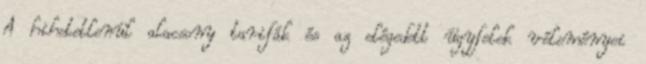
A hihetetlenül alacsony tarifák és az elégedett ügyfelek véleményei